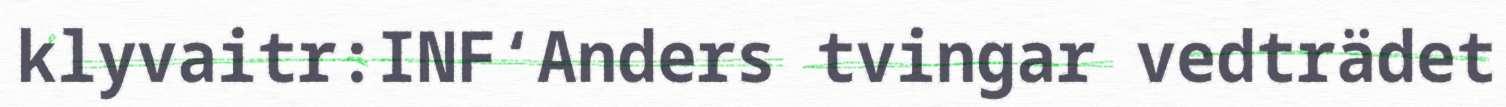
klyvaitr:INF‘Anders tvingar vedträdet